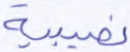
نصيبية